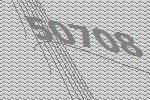
50708